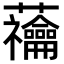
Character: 𧆆